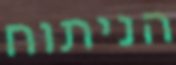
הניתוח